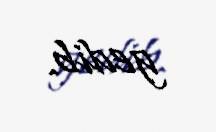
gedib.